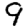
Digit: 9